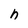
Character: h